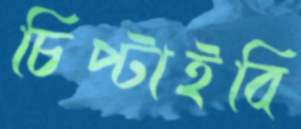
চিপ্‌টাইবি